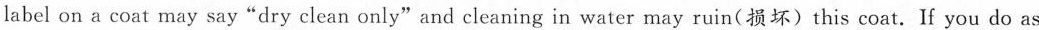
The label on a coat may say "dry clean only" and cleaning in water may ruin (损坏) this coat. If you do as